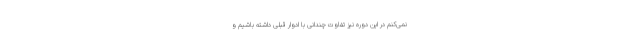
نمی‌کنم در این دوره نیز تفاوت چندانی با ادوار قبلی داشته باشیم و